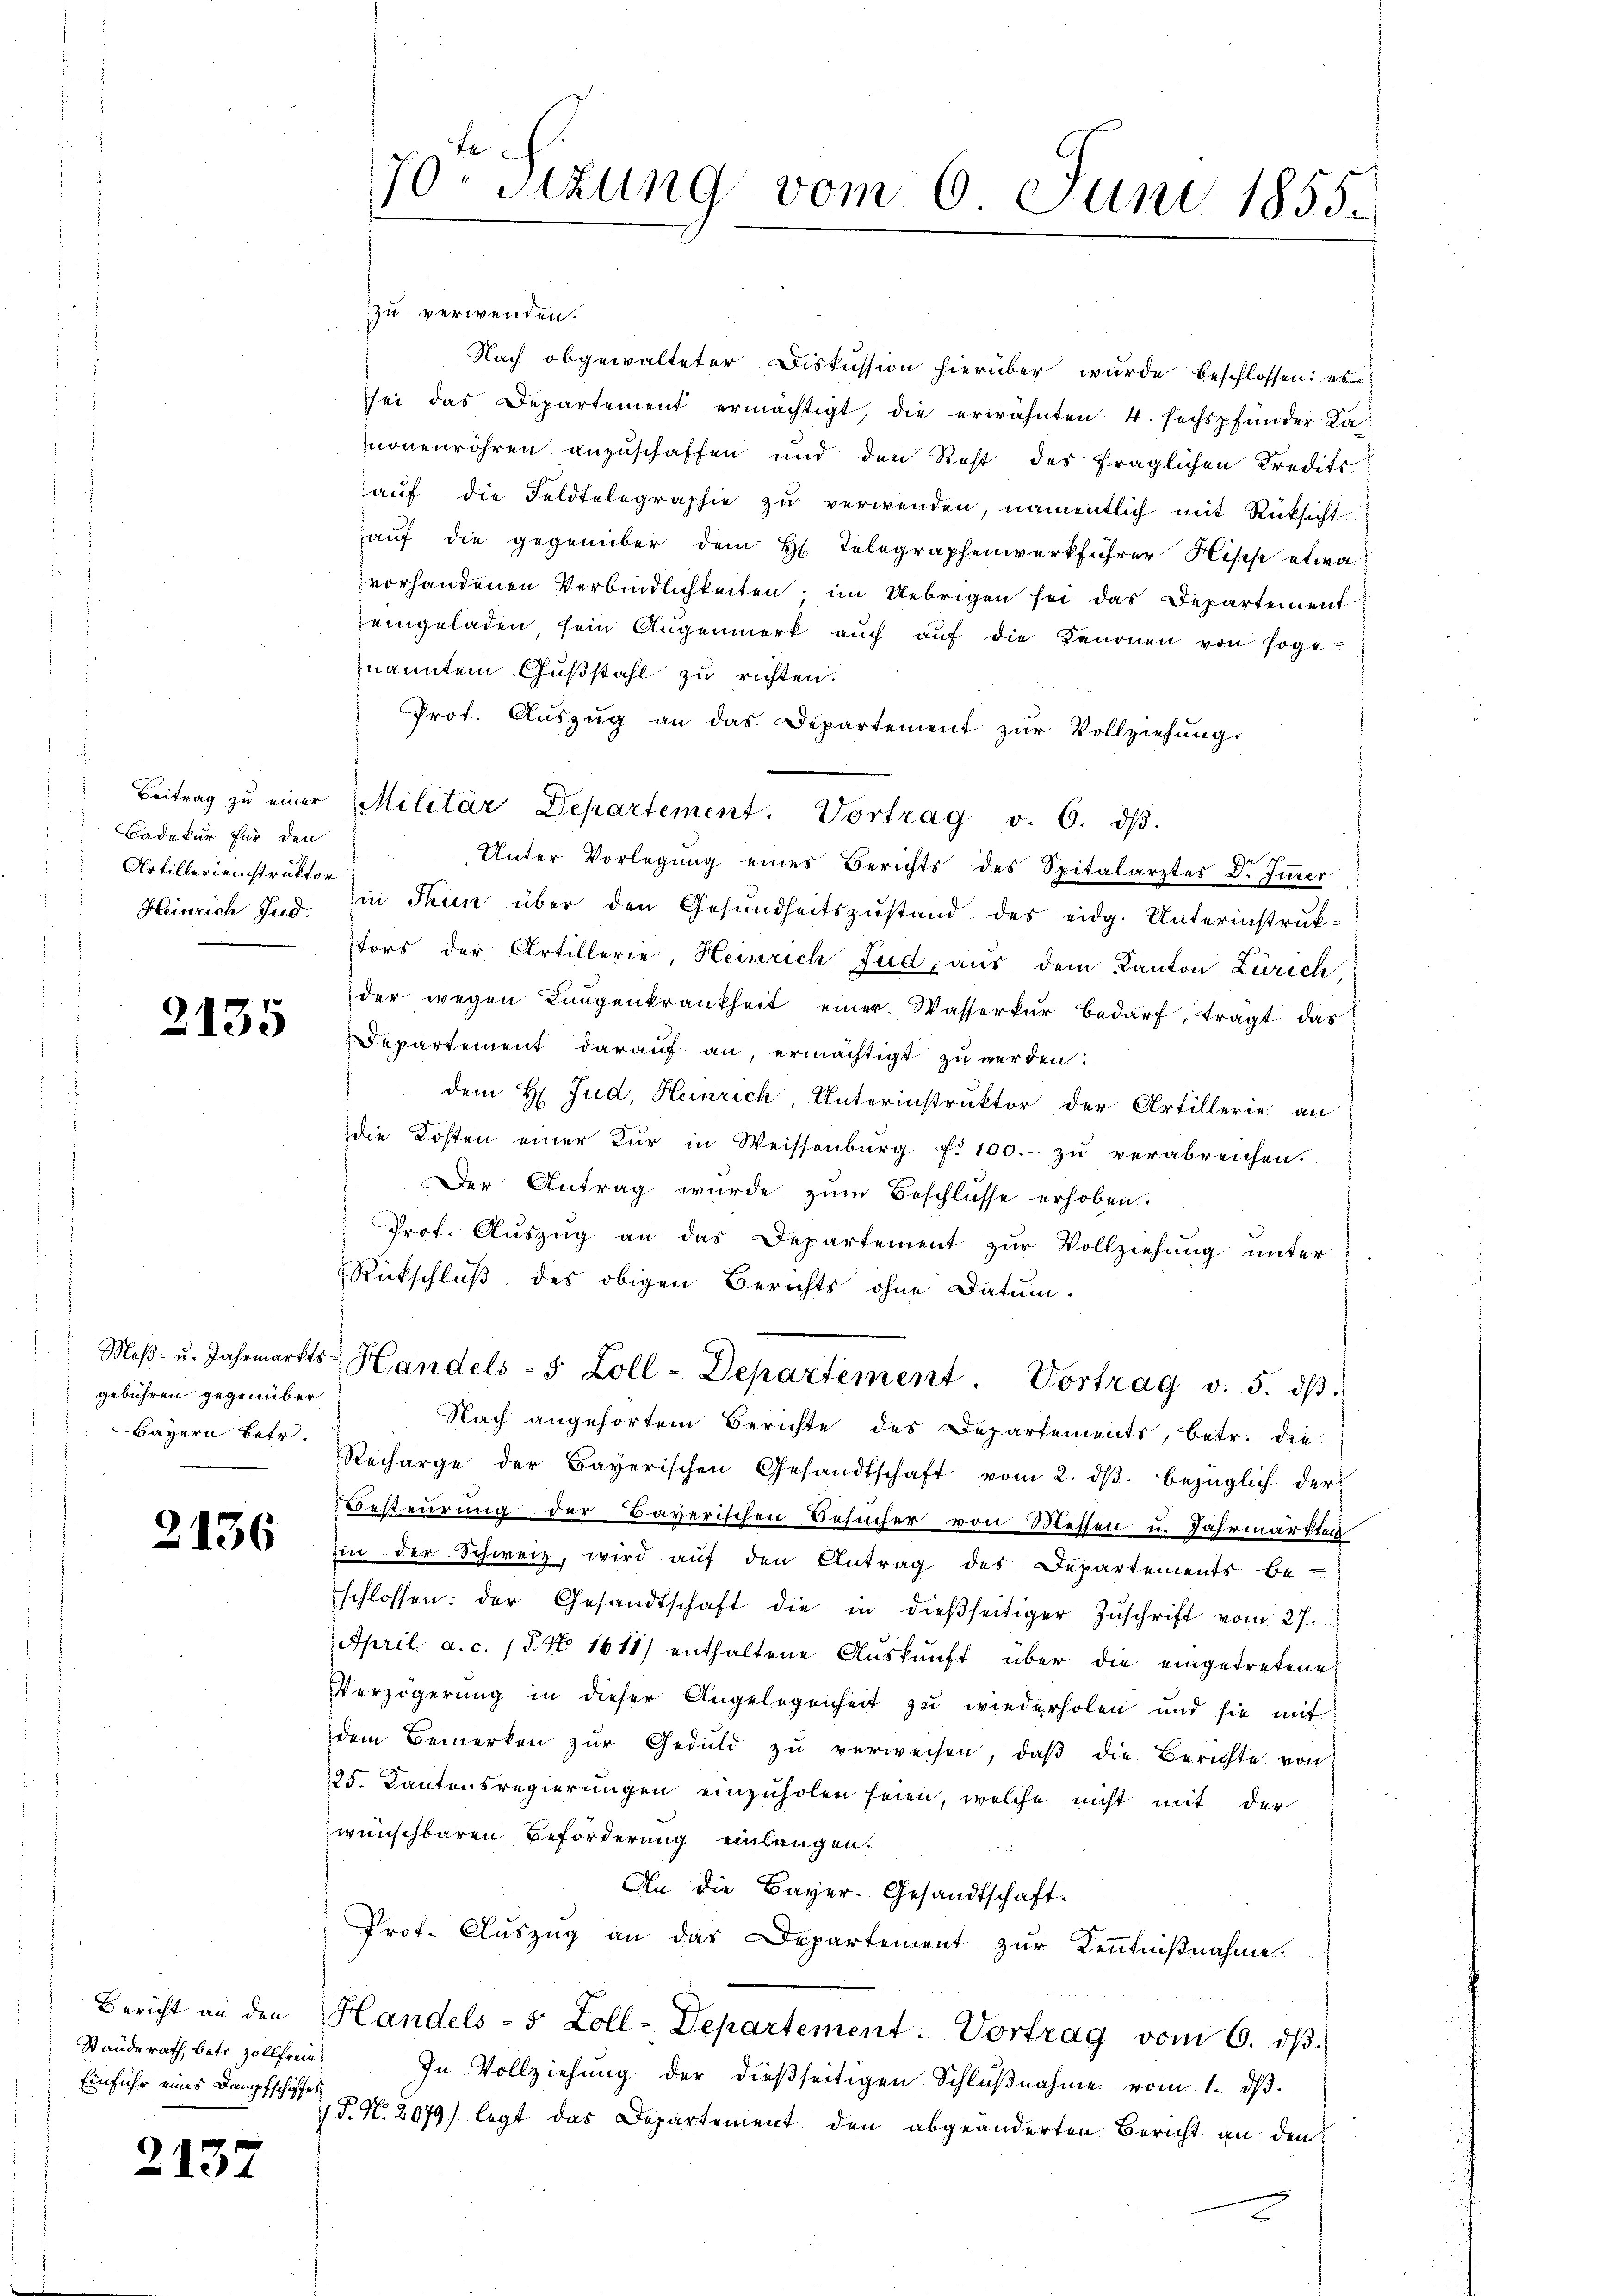
Badekur für den
Artillerieinstruktor
Heinrich Jud.

2135

Maß- u. Jahrmarkts
gebühren gegenüber
Bayern betr.

2136

Standerath, betr. Zollfrem¬
Einfuhr eines Dampfschiffes

2137

70. Sizung vom 6 Juni 1855.

zu verwenden.
Nach obgewalteter Diskussion hierüber wurde beschlossen: es
sei das Departement ermächtigt, die erwähnten 4. sechspfunder Ka
nonenröhren anzuschaffen und den Rest des fraglichen Kredits
aŭf die Feldtelegraphie zŭ verwenden, namentlich mit Rücksicht
auf die gegenüber dem H. Telegraphenwerkführer Hises etwa
vorhandenen Verbindlichkeiten; im Uebrigen sei das Departement
eingeladen sein Aŭgenmerk aŭch aŭf die Tenonen von soge
nanntem Gußstahl zu richten.
Prot. Aŭszŭg an das Departement zŭr Vollziehŭng.
Unter Vorlegŭng eines Berichts des Spitalarztes D. Immer
in Thun über den Gesundheitszustand des eidg. Unterinstruktors der Artillerie, Heinrich Jud, aus dem Kanton Zürich,
der wegen Lungenkrankheit einer Wasserkur bedarf, tragt das
Departement darauf an, ermächtigt zu werden.
dem H Jud, Heinrich, Unterinstruktor der Artillerie an
die Kosten einer Kur in Weissenburg f. 100.- zu verabreichen.
Der Antrag wurde zum Beschlüsse erhoben.
Prof. Aŭszŭg an das Departement zŭr Vollziehŭng ŭnter
Rückschluß des obigen Berichts ohne Datum.
Handels- 5 Zoll-Departement. Vortrag v. 5. dβ.
Nach angehörtem Berichte des Departements, betr. die
Recharge der Bayerischen Gesandtschaft vom 2. dβ bezüglich der
Besteurung der Bayerischen Besucher von Messen u. Jahrmärkten
zin der Schweiz, wird aŭf den Antrag des Departements be-
schlossen: der Gesandtschaft die in dießseitiger Zŭschrift vom 27.
April a. c. 18. No 1611) enthaltene Auskunft über die eingetretene
Verzögerung in dieser Angelegenheit zu wiederholen und sie mit
dem Bemerken zŭr Geduld zŭ verweisen, daβ die Berichte von
25. Kantonsregierungen einzuholen seien, welche nicht mit der
wünschbaren Beförderung einlangen.
An die Bayer. Gesandtschaft.
Prof. Auszug an das Departement zur Kenntnißnahme.
Bericht an den Handels- 5 Zoll-Departement. Vortrag vom 6. dβ.
In Vollziehung der dießseitigen Schlŭβnahme vom 1. dβ.
 P. N. 2079) legt das Departement den abgeänderten Bericht an den

Beitrag zŭ einer Militär Departement. Vortrag v. 6. dβ.